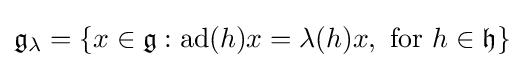
{\mathfrak {g}}_{\lambda }=\{x\in {\mathfrak {g}}:{\text{ad}}(h)x=\lambda (h)x,{\text{ for }}h\in {\mathfrak {h}}\}